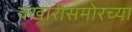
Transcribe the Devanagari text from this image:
वखारीसमोरच्या